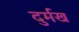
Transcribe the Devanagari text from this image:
दुर्मख